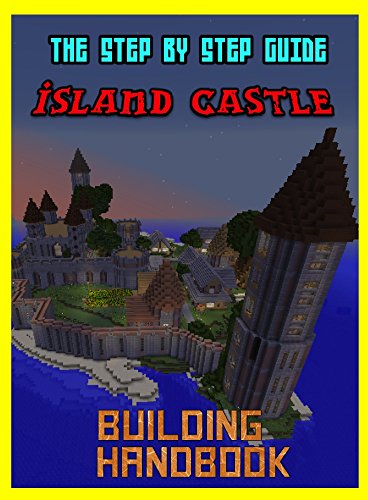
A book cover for Building Handbook: The Amazing Island Castle: Step By Step Guide (The Unofficial Minecraft Building Handbook); Steve Jenkins; Children's Books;